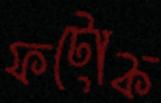
ফটোক